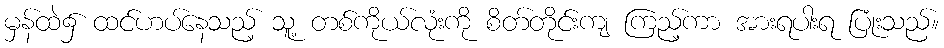
မှန်ထဲ၌ ထင်ဟပ်နေသည့် သူ့ တစ်ကိုယ်လုံးကို စိတ်တိုင်းကျ ကြည့်ကာ အားရပါးရ ပြုံးသည်။